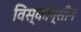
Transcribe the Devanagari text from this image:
विस्कॉन्सीन